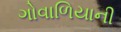
ગોવાળિયાની